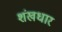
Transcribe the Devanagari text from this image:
शंखधार